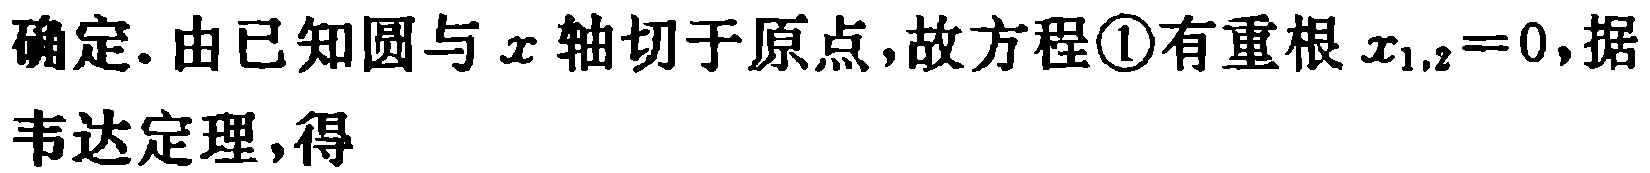
确定. 由已知圆与\(x\)轴切于原点,故方程\textcircled{1}有重根\(x_{1,2}=0\),据韦达定理,得